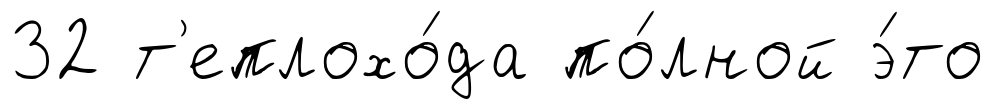
32 т'еплохо́да по́лной э́то